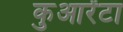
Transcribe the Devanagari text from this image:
कुआरेंटा